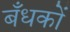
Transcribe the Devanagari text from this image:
बँधकों